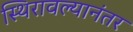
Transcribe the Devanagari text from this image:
स्थिरावल्यानंतर